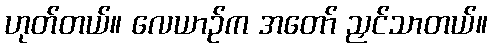
ဟုတ်တယ်။ လေယာဉ်က အတော် ညှင်သာတယ်။